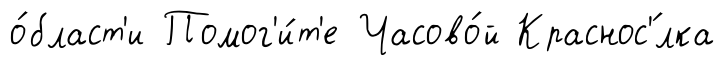
о́бласт'и Помог'и́т'е Часово́й Краснос'́лка